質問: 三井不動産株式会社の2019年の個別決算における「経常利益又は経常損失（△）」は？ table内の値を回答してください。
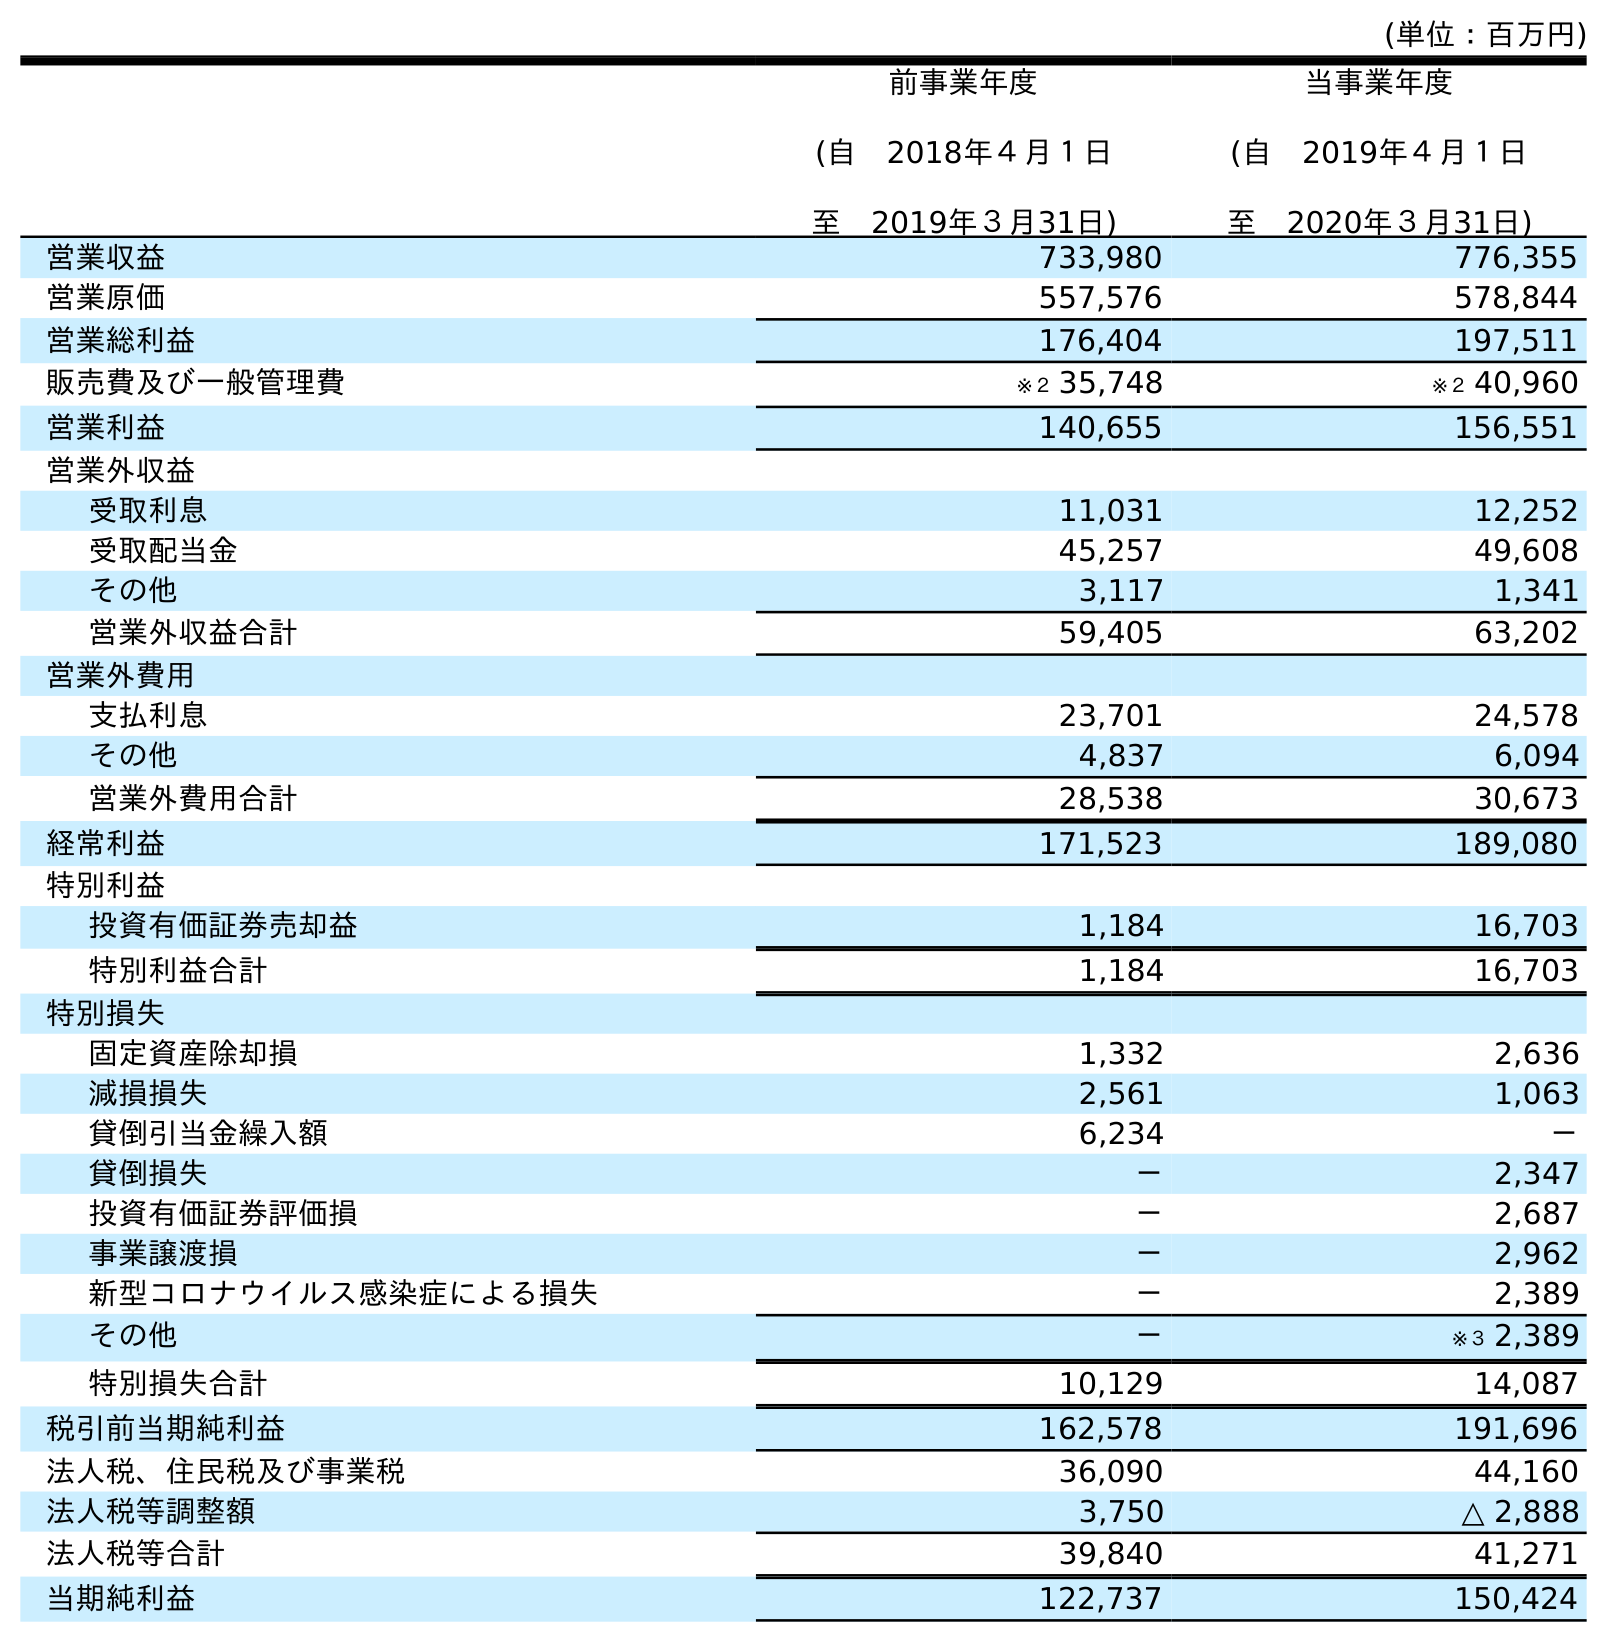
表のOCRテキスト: (単位：百万円) 前事業年度 (自 2018年４月１日 至 2019年３月31日) 当事業年度 (自 2019年４月１日 至 2020年３月31日) 営業収益 733,980 776,355 営業原価 557,576 578,844 営業総利益 176,404 197,511 販売費及び一般管理費 ※２ 35,748 ※２ 40,960 営業利益 140,655 156,551 営業外収益 受取利息 11,031 12,252 受取配当金 45,257 49,608 その他 3,117 1,341 営業外収益合計 59,405 63,202 営業外費用 支払利息 23,701 24,578 その他 4,837 6,094 営業外費用合計 28,538 30,673 経常利益 171,523 189,080 特別利益 投資有価証券売却益 1,184 16,703 特別利益合計 1,184 16,703 特別損失 固定資産除却損 1,332 2,636 減損損失 2,561 1,063 貸倒引当金繰入額 6,234 － 貸倒損失 － 2,347 投資有価証券評価損 － 2,687 事業譲渡損 － 2,962 新型コロナウイルス感染症による損失 － 2,389 その他 － ※３ 2,389 特別損失合計 10,129 14,087 税引前当期純利益 162,578 191,696 法人税、住民税及び事業税 36,090 44,160 法人税等調整額 3,750 △ 2,888 法人税等合計 39,840 41,271 当期純利益 122,737 150,424
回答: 171,523